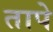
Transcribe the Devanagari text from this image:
तापे